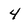
Character: 4